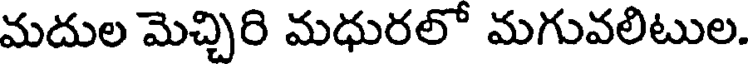
మదుల మెచ్చిరి మధురలో మగువలిటుల.